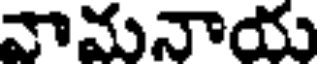
వామనాయు